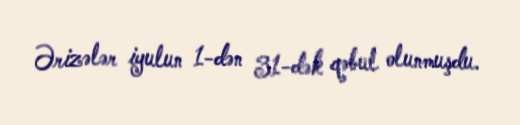
Ərizələr iyulun 1-dən 31-dək qəbul olunmuşdu.